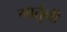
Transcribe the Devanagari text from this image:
मार्तुनी